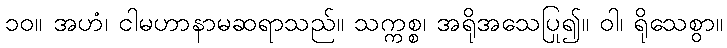
၁၀။ အဟံ၊ ငါမဟာနာမဆရာသည်။ သက္ကစ္စ၊ အရိုအသေပြု၍။ ဝါ၊ ရိုသေစွာ။